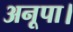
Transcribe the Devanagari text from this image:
अनूपा।